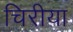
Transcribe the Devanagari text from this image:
चिरीया